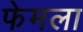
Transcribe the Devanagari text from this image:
फेमला